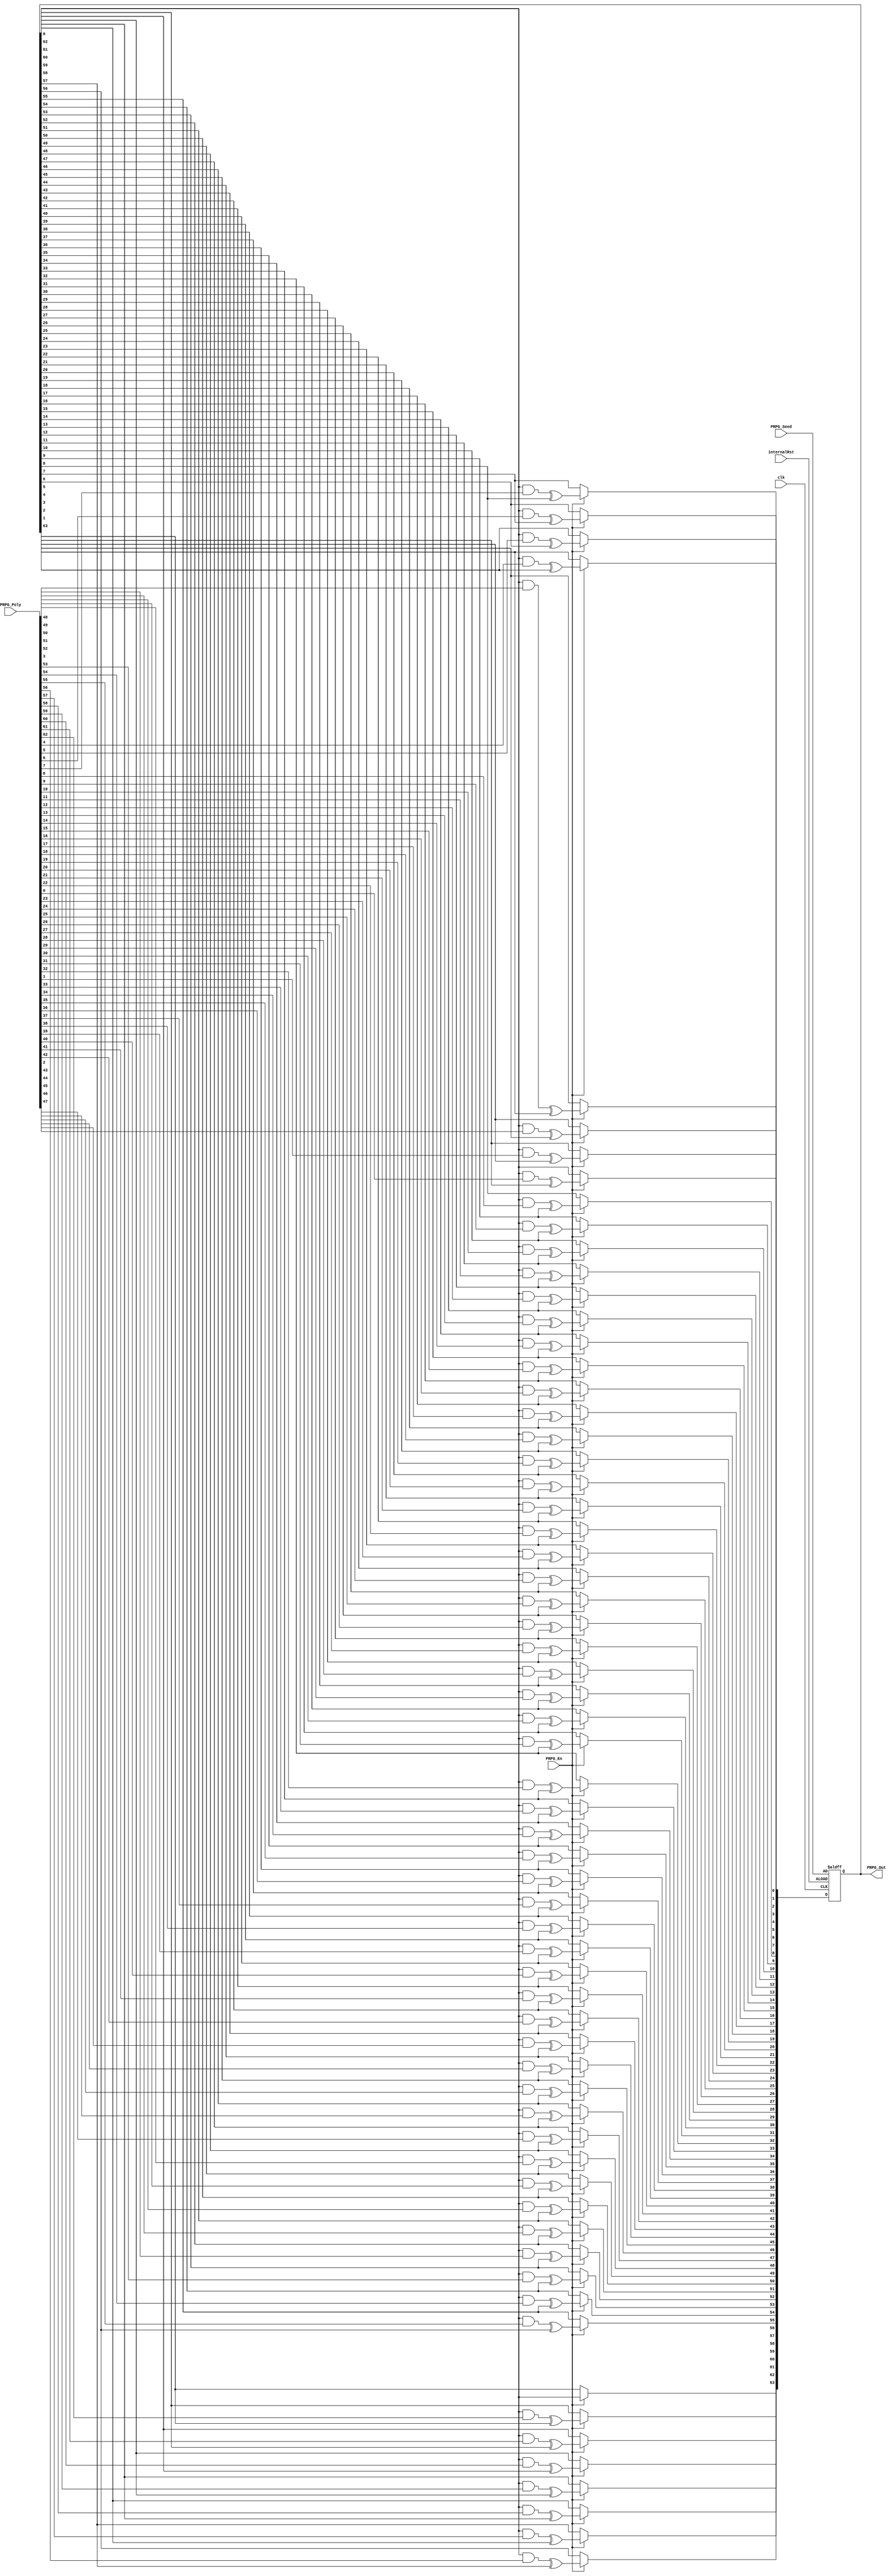
module PRPG #(parameter PRPG_Size = 64) (
    input clk, internalRst, PRPG_En, 
    input [PRPG_Size - 1:0] PRPG_Poly, PRPG_Seed,
    // input So,
    output reg [PRPG_Size - 1:0] PRPG_Out
);
    integer i;
    always @(posedge clk or posedge internalRst) begin
        if (internalRst == 1'b1)
            PRPG_Out <= PRPG_Seed;
        else if (PRPG_En == 1'b1) begin
            PRPG_Out[PRPG_Size - 1] <= PRPG_Out[0];
            for (i = 0; i < PRPG_Size - 1; i = i + 1) begin
                PRPG_Out[i] <= (PRPG_Out[0] & PRPG_Poly[i]) ^ PRPG_Out[i + 1];
            end 
        end
    end

endmodule